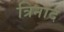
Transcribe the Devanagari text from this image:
त्रिनाद